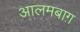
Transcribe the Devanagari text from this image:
आलमबाग़